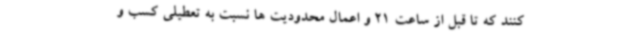
کنند که تا قبل از ساعت 21 و اعمال محدودیت ها نسبت به تعطیلی کسب و